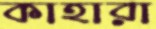
কাহারা